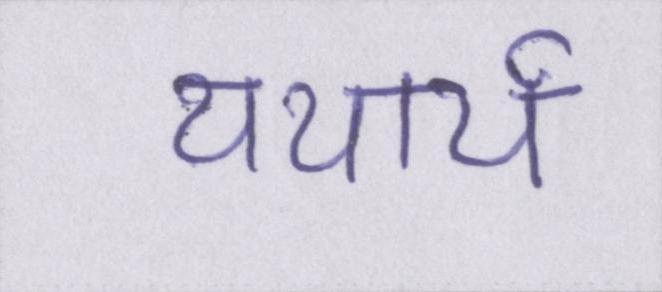
यथार्थ